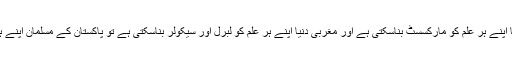
سوال یہ ہے کہ اگر کمونسٹ دنیا اپنے ہر علم کو مارکسسٹ بناسکتی ہے اور مغربی دنیا اپنے ہر علم کو لبرل اور سیکولر بناسکتی ہے تو پاکستان کے مسلمان اپنے ہر علم کو اسلامی کیوں نہ بنائیں؟